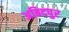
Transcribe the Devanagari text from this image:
अबिदपुर